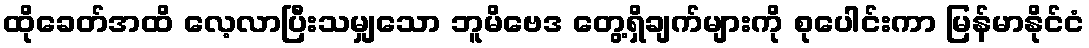
ထိုခေတ်အထိ လေ့လာပြီးသမျှသော ဘူမိဗေဒ တွေ့ရှိချက်များကို စုပေါင်းကာ မြန်မာနိုင်ငံ